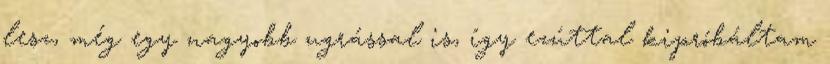
lesz, még egy nagyobb ugrással is, így ezúttal kipróbáltam